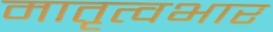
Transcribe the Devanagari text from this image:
मातृत्वभार